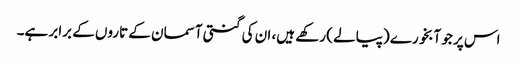
اس پر جو آبخورے (پیالے ) رکھے ہیں، ان کی گنتی آسمان کے تاروں کے برابر ہے۔